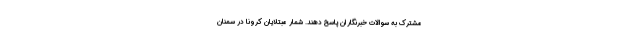
مشترک به سوالات خبرنگاران پاسخ دهند. شمار مبتلایان کرونا در سمنان